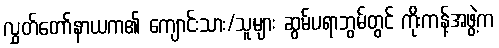
လွှတ်တော်နာယက၏ ကျောင်းသား/သူများ ဆွမ်ပရာဘွမ်တွင် ကိုးကန့်အဖွဲ့က